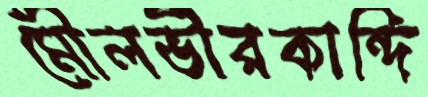
মৌলভীরকান্দি